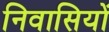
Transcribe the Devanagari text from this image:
निवासियों